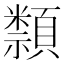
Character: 𥜛